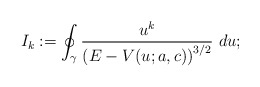
\begin{align*}I_k:=\oint_\gamma\frac{u^k}{\left(E-V(u;a,c)\right)^{3/2}}~du;\end{align*}